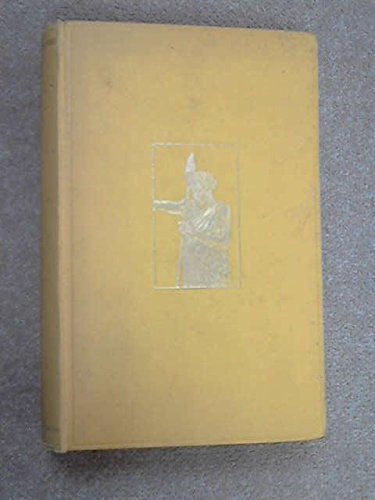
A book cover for To the mysterious Lorian Swamp;: An adventurous & arduous journey of exploration through the vast waterless tracts of unknown Jubaland,; Cecil Walter Inglefield Wightwick Haywood; Travel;